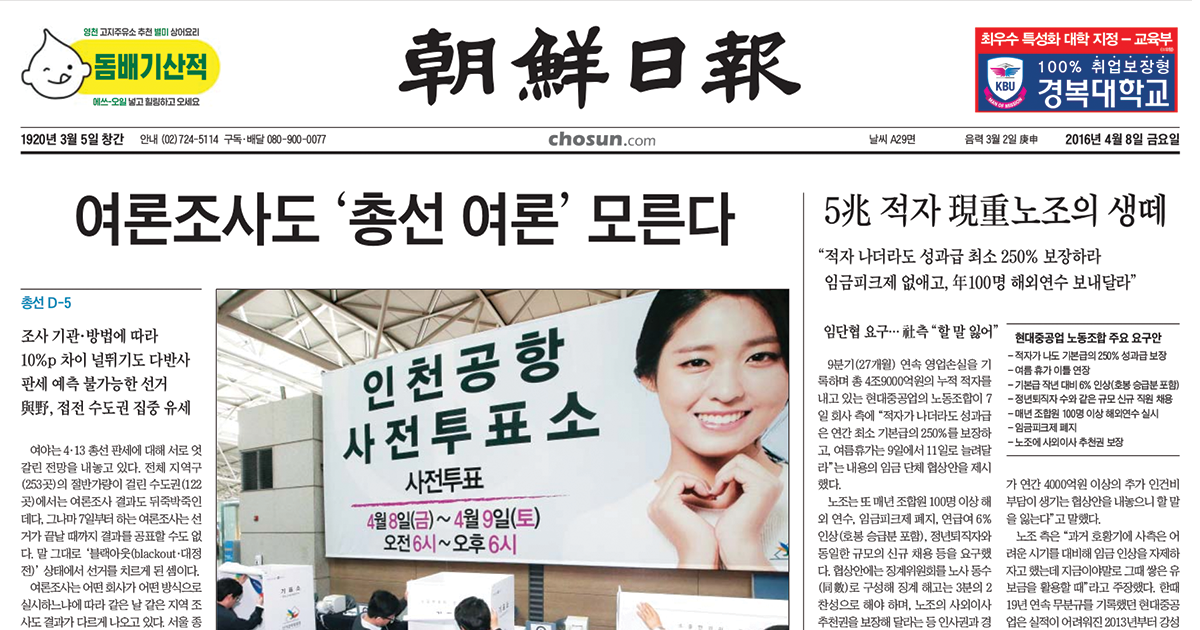
Language: ko